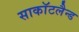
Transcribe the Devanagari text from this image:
साकाॅटलैन्ड